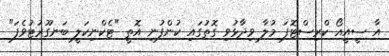
އާ ސީއީއޯ ކްރިސްޓޮފަ މުލާ ވިދާޅުވި ގޮތުގައި ކުންފުނި އޮތީ "ޓެކްނިކަލީ ބަނގޫރުޓުވެފަ"